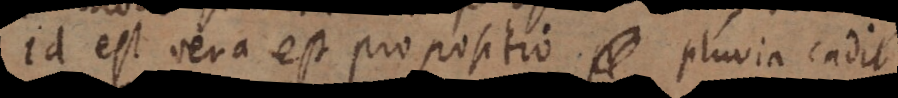
id est vera est propositio pluvia cadit